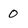
Character: 0